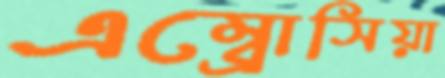
এম্ব্রোসিয়া